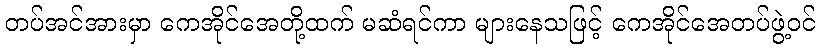
တပ်အင်အားမှာ ကေအိုင်အေတို့ထက် မဆံရင်ကာ များနေသဖြင့် ကေအိုင်အေတပ်ဖွဲ့ဝင်